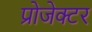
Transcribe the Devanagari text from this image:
प्रोजेक्‍टर